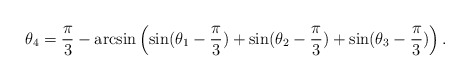
\begin{align*}\theta_4 = \frac{\pi}{3} - \arcsin\left(\sin(\theta_1 - \frac{\pi}{3}) + \sin(\theta_2 - \frac{\pi}{3}) + \sin(\theta_3 - \frac{\pi}{3})\right). \end{align*}